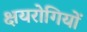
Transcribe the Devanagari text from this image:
क्षयरोगियों